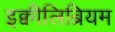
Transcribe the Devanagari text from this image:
इक्वीलिब्रियम